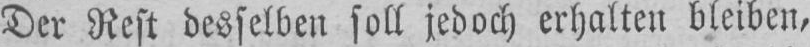
Der Rest desselben soll jedoch erhalten bleiben,